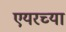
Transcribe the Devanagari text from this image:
एयरच्या